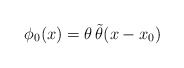
\begin{align*}\phi_0 (x) = \theta\,\tilde\theta (x - x_0)\end{align*}